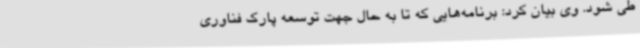
طی شود. وی بیان کرد: برنامه‌هایی که تا به حال جهت توسعه پارک فناوری